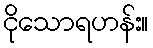
ငိုသောရဟန်း။